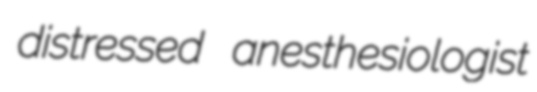
distressed anesthesiologist